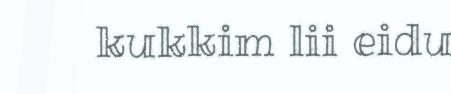
kukkim lii eidu